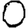
Digit: 0